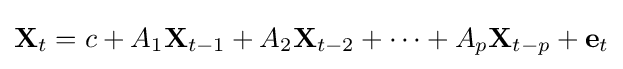
\mathbf {X} _{t}=c+A_{1}\mathbf {X} _{t-1}+A_{2}\mathbf {X} _{t-2}+\cdots +A_{p}\mathbf {X} _{t-p}+\mathbf {e} _{t}